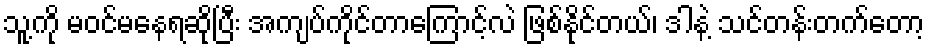
သူ့ကို မဝင်မနေရဆိုပြီး အကျပ်ကိုင်တာကြောင့်လဲ ဖြစ်နိုင်တယ်၊ ဒါနဲ့ သင်တန်းတက်တော့